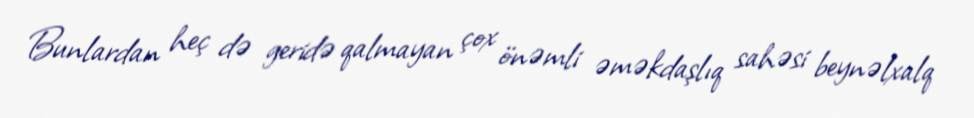
Bunlardan heç də geridə qalmayan çox önəmli əməkdaşlıq sahəsi beynəlxalq